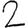
Digit: 2